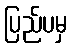
ပြည်ပမှ